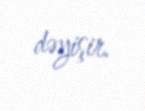
dəyişir.